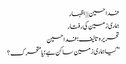
فدا حسین | | اظہار
ہماری زمین کی رفتار
تحریر و تالیف: فدا حسین
”کیا ہماری زمین ساکن ہے؛ یا متحرک؟